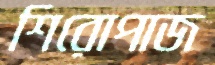
শিরোপাজ